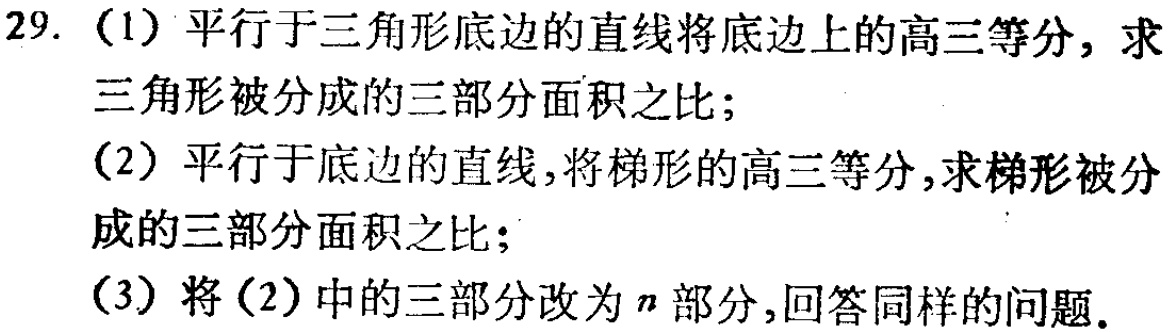
29.（1）平行于三角形底边的直线将底边上的高三等分，求三角形被分成的三部分面积之比；
（2）平行于底边的直线，将梯形的高三等分，求梯形被分成的三部分面积之比；
（3）将（2）中的三部分改为\(n\)部分，回答同样的问题。